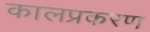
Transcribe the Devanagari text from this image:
कालप्रकरण